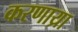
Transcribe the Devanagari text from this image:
करणाय्रा